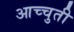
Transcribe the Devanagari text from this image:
आच्चुती